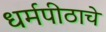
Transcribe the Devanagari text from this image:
धर्मपीठाचे